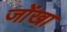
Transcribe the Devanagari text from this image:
जोंखा